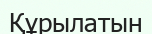
Құрылатын